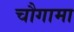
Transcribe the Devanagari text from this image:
चौगामा